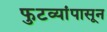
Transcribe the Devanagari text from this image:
फुटव्यांपासून